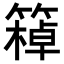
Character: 𥴙